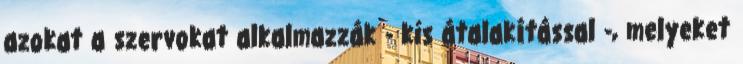
azokat a szervokat alkalmazzák - kis átalakítással -, melyeket